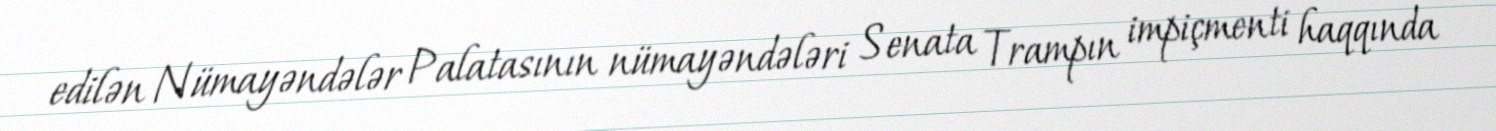
edilən Nümayəndələr Palatasının nümayəndələri Senata Trampın impiçmenti haqqında